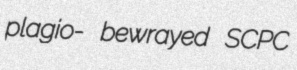
plagio- bewrayed SCPC